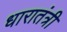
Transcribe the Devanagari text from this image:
धारातंत्री